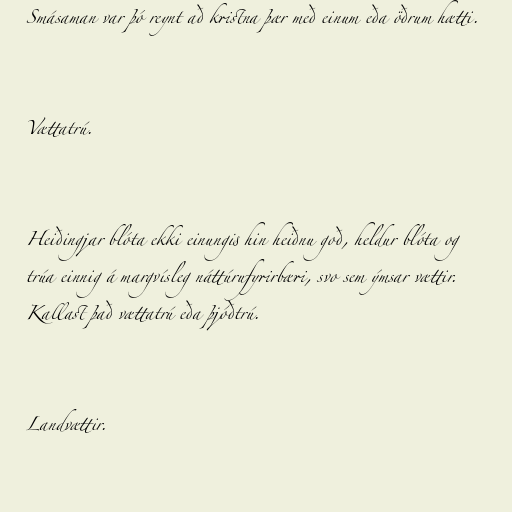
Smásaman var þó reynt að kristna þær með einum eða öðrum hætti.

Vættatrú.

Heiðingjar blóta ekki einungis hin heiðnu goð, heldur blóta og
trúa einnig á margvísleg náttúrufyrirbæri, svo sem ýmsar vættir.
Kallast það vættatrú eða þjóðtrú.

Landvættir.